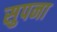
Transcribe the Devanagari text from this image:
सुपना